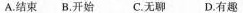
A.结束 B.开始 C.无聊 D.有趣